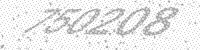
Solution: 750208